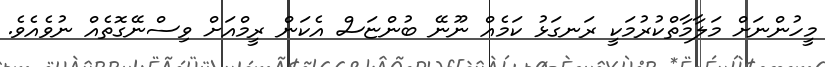
މީހުންނަށް މަލާމާތްކުރުމަކީ ރަނގަޅު ކަމެއް ނޫނޭ ބުންޏަސް އެކަން ރީމްއަށް ވިސްނޭގޮތެއް ނުވެއެވެ.